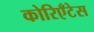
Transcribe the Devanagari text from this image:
कोरिएँटेस